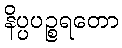
နိပ္ပပဉ္စရတော